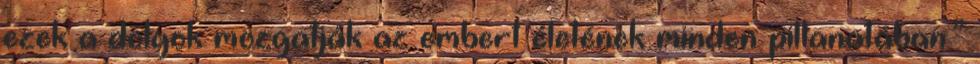
ezek a dolgok mozgatják az embert életének minden pillanatában.”